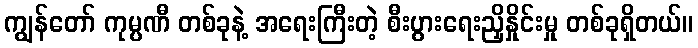
ကျွန်တော် ကုမ္ပဏီ တစ်ခုနဲ့ အရေးကြီးတဲ့ စီးပွားရေးညှိနှိုင်းမှု တစ်ခုရှိတယ်။